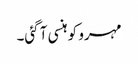
مہرو کو ہنسی آ گئی۔